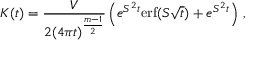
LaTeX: K ( t ) = \frac { V } { 2 ( 4 \pi t ) ^ { \frac { m - 1 } 2 } } \left( e ^ { S ^ { 2 } t } \mathrm { e r f } ( S \sqrt t ) + e ^ { S ^ { 2 } t } \right) \, ,